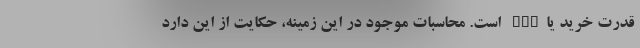
قدرت خرید یاppp است. محاسبات موجود در این زمینه، حکایت از این دارد